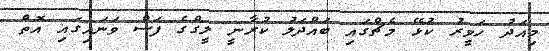
މިއަދު ހަވީރު ކުޅޭ މެޗްގައި ބައްދަލު ކުރާނީ ލީގްގެ ފަސް ވަނައިގައި އޮތް